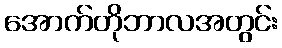
အောက်တိုဘာလအတွင်း